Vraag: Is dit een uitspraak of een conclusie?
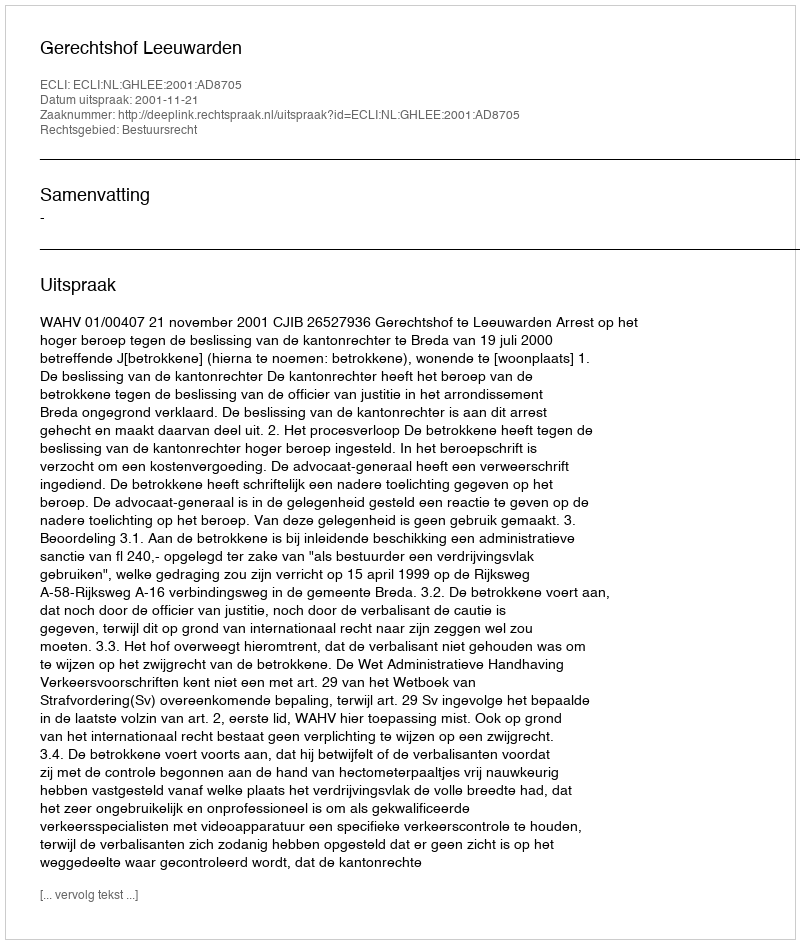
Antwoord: Uitspraak